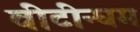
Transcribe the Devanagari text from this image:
वीटीन्घम